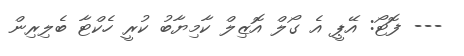
--- ފޮޓޯ: އޭޕީ އެ ގޯލް އޮޒިލް ކާމިޔާބު ކުރީ ހެކްޓާ ބެލިރިން